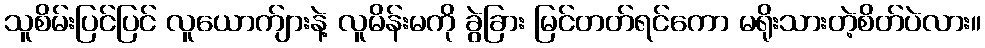
သူစိမ်းပြင်ပြင် လူယောက်ျားနဲ့ လူမိန်းမကို ခွဲခြား မြင်တတ်ရင်ကော မရိုးသားတဲ့စိတ်ပဲလား။